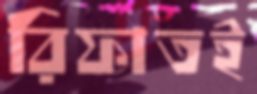
রিফাতই